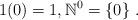
LaTeX: \begin{align*}1(0)=1,\mathbb{N}^0=\{0\}\;.\end{align*}